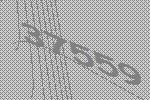
37559